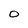
Character: 0